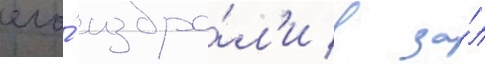
его́ избра́л'и в за́л